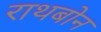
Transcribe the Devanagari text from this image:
राथबोन